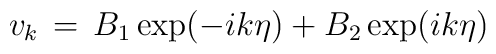
v_k \, = \, B_1\exp(-ik\eta )+B_2\exp(ik\eta )